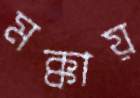
মক্কায়